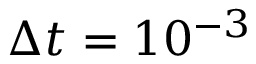
\Delta t = 1 0 ^ { - 3 }